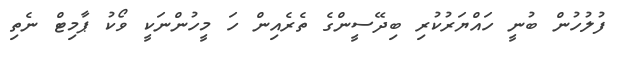
ފުލުހުން ބުނީ ހައްޔަރުކުރި ބިދޭސީންގެ ތެރެއިން ހަ މީހުންނަކީ ވޯކު ޕާމިޓް ނެތި